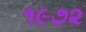
૧૯૭૨